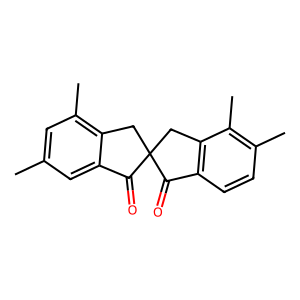
SMILES: Cc1cc(C)c2c(c1)C(=O)C1(C2)Cc2c(ccc(C)c2C)C1=O
Inhibits HIV replication: No